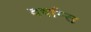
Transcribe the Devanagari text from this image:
वर्षान्त